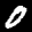
Label: 0